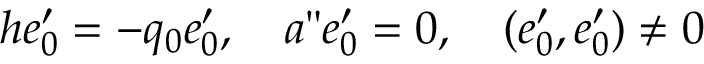
h e _ { 0 } ^ { \prime } = - q _ { 0 } e _ { 0 } ^ { \prime } , \quad a " e _ { 0 } ^ { \prime } = 0 , \quad ( e _ { 0 } ^ { \prime } , e _ { 0 } ^ { \prime } ) \neq 0